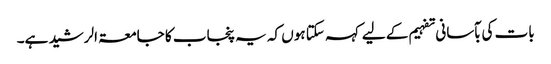
بات کی بآسانی تفہیم کے لیے کہہ سکتا ہوں کہ یہ پنجاب کا جامعۃ الرشید ہے۔